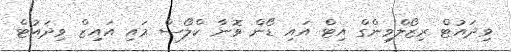
ވިދައުޓް ރިޒޯލްވިންގް އިޓް އައި ޑޯން ވޮނާ ކްލޯސް މައި އައިޒް ވިދައުޓް